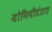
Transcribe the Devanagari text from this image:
योगिनीतंत्रात